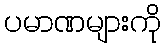
ပမာဏများကို